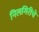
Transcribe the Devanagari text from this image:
निलगिरीचे